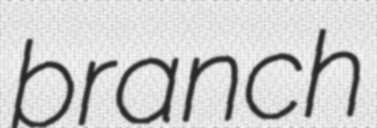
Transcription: branch